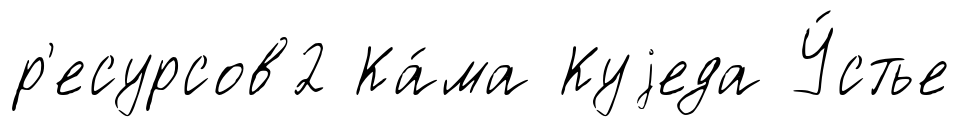
р'есурсов2 Ка́ма Куjеда У́стье